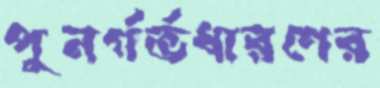
পুনর্গর্ভধারণের